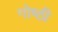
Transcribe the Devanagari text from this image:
गोष्‍ठी